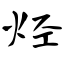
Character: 烃